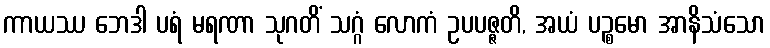
ကာယဿ ဘေဒါ ပရံ မရဏာ သုဂတိံ သဂ္ဂံ လောကံ ဥပပဇ္ဇတိ, အယံ ပဉ္စမော အာနိသံသော